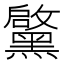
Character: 𮮝